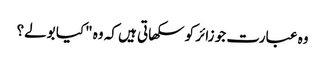
وہ عبارت جو زائر کو سکھاتی ہیں کہ وہ "کیا بولے؟